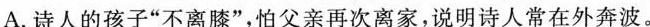
A. 诗人的孩子”不离膝”，怕父亲再次离家，说明诗人常在外奔波。